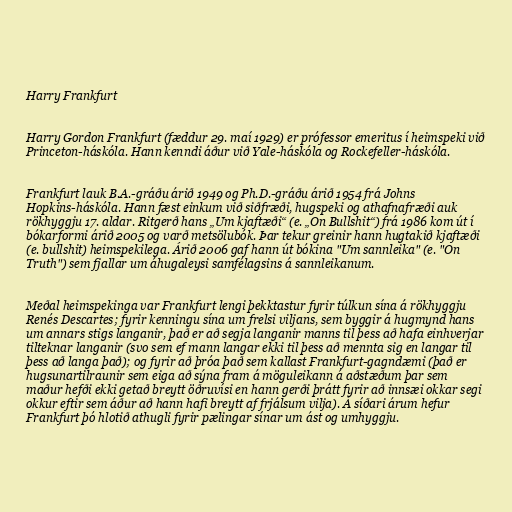
Harry Frankfurt

Harry Gordon Frankfurt (fæddur 29. maí 1929) er prófessor emeritus í heimspeki við
Princeton-háskóla. Hann kenndi áður við Yale-háskóla og Rockefeller-háskóla.

Frankfurt lauk B.A.-gráðu árið 1949 og Ph.D.-gráðu árið 1954 frá Johns
Hopkins-háskóla. Hann fæst einkum við siðfræði, hugspeki og athafnafræði auk
rökhyggju 17. aldar. Ritgerð hans „Um kjaftæði“ (e. „On Bullshit“) frá 1986 kom út í
bókarformi árið 2005 og varð metsölubók. Þar tekur greinir hann hugtakið kjaftæði
(e. bullshit) heimspekilega. Árið 2006 gaf hann út bókina "Um sannleika" (e. "On
Truth") sem fjallar um áhugaleysi samfélagsins á sannleikanum.

Meðal heimspekinga var Frankfurt lengi þekktastur fyrir túlkun sína á rökhyggju
Renés Descartes; fyrir kenningu sína um frelsi viljans, sem byggir á hugmynd hans
um annars stigs langanir, það er að segja langanir manns til þess að hafa einhverjar
tilteknar langanir (svo sem ef mann langar ekki til þess að mennta sig en langar til
þess að langa það); og fyrir að þróa það sem kallast Frankfurt-gagndæmi (það er
hugsunartilraunir sem eiga að sýna fram á möguleikann á aðstæðum þar sem
maður hefði ekki getað breytt öðruvísi en hann gerði þrátt fyrir að innsæi okkar segi
okkur eftir sem áður að hann hafi breytt af frjálsum vilja). Á síðari árum hefur
Frankfurt þó hlotið athugli fyrir pælingar sínar um ást og umhyggju.